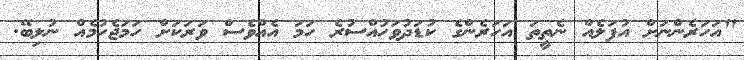
"އަހަރެންނަށް އުފަލެއް ނެތީތަ އަހަރެންގެ ކުޑަދުވަހުއްސުރެ ހަމަ އެއްވެސް ވަރަކަށް ހަމަޖެހުމެއް ނުލިބޭ.